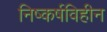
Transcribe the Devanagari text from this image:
निष्कर्षविहीन